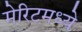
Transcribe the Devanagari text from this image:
मेरिटमध्ये